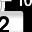
Digit: 2